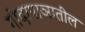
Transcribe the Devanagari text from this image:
गोदापाञातील